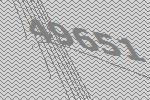
49651